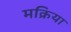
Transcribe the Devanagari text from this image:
मक्रिया